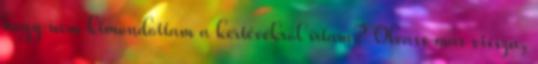
hogy nem kimondottam a kertévékről írtam? Olvass már vissza,